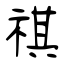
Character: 祺